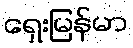
ရှေးမြန်မာ